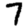
Digit: 7